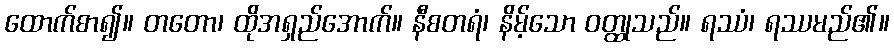
ထောက်စာ၍။ တတော၊ ထိုအရှည်အောက်။ နီစတရံ၊ နိမ့်သော ဝတ္ထုသည်။ ရဿံ၊ ရဿမည်၏။